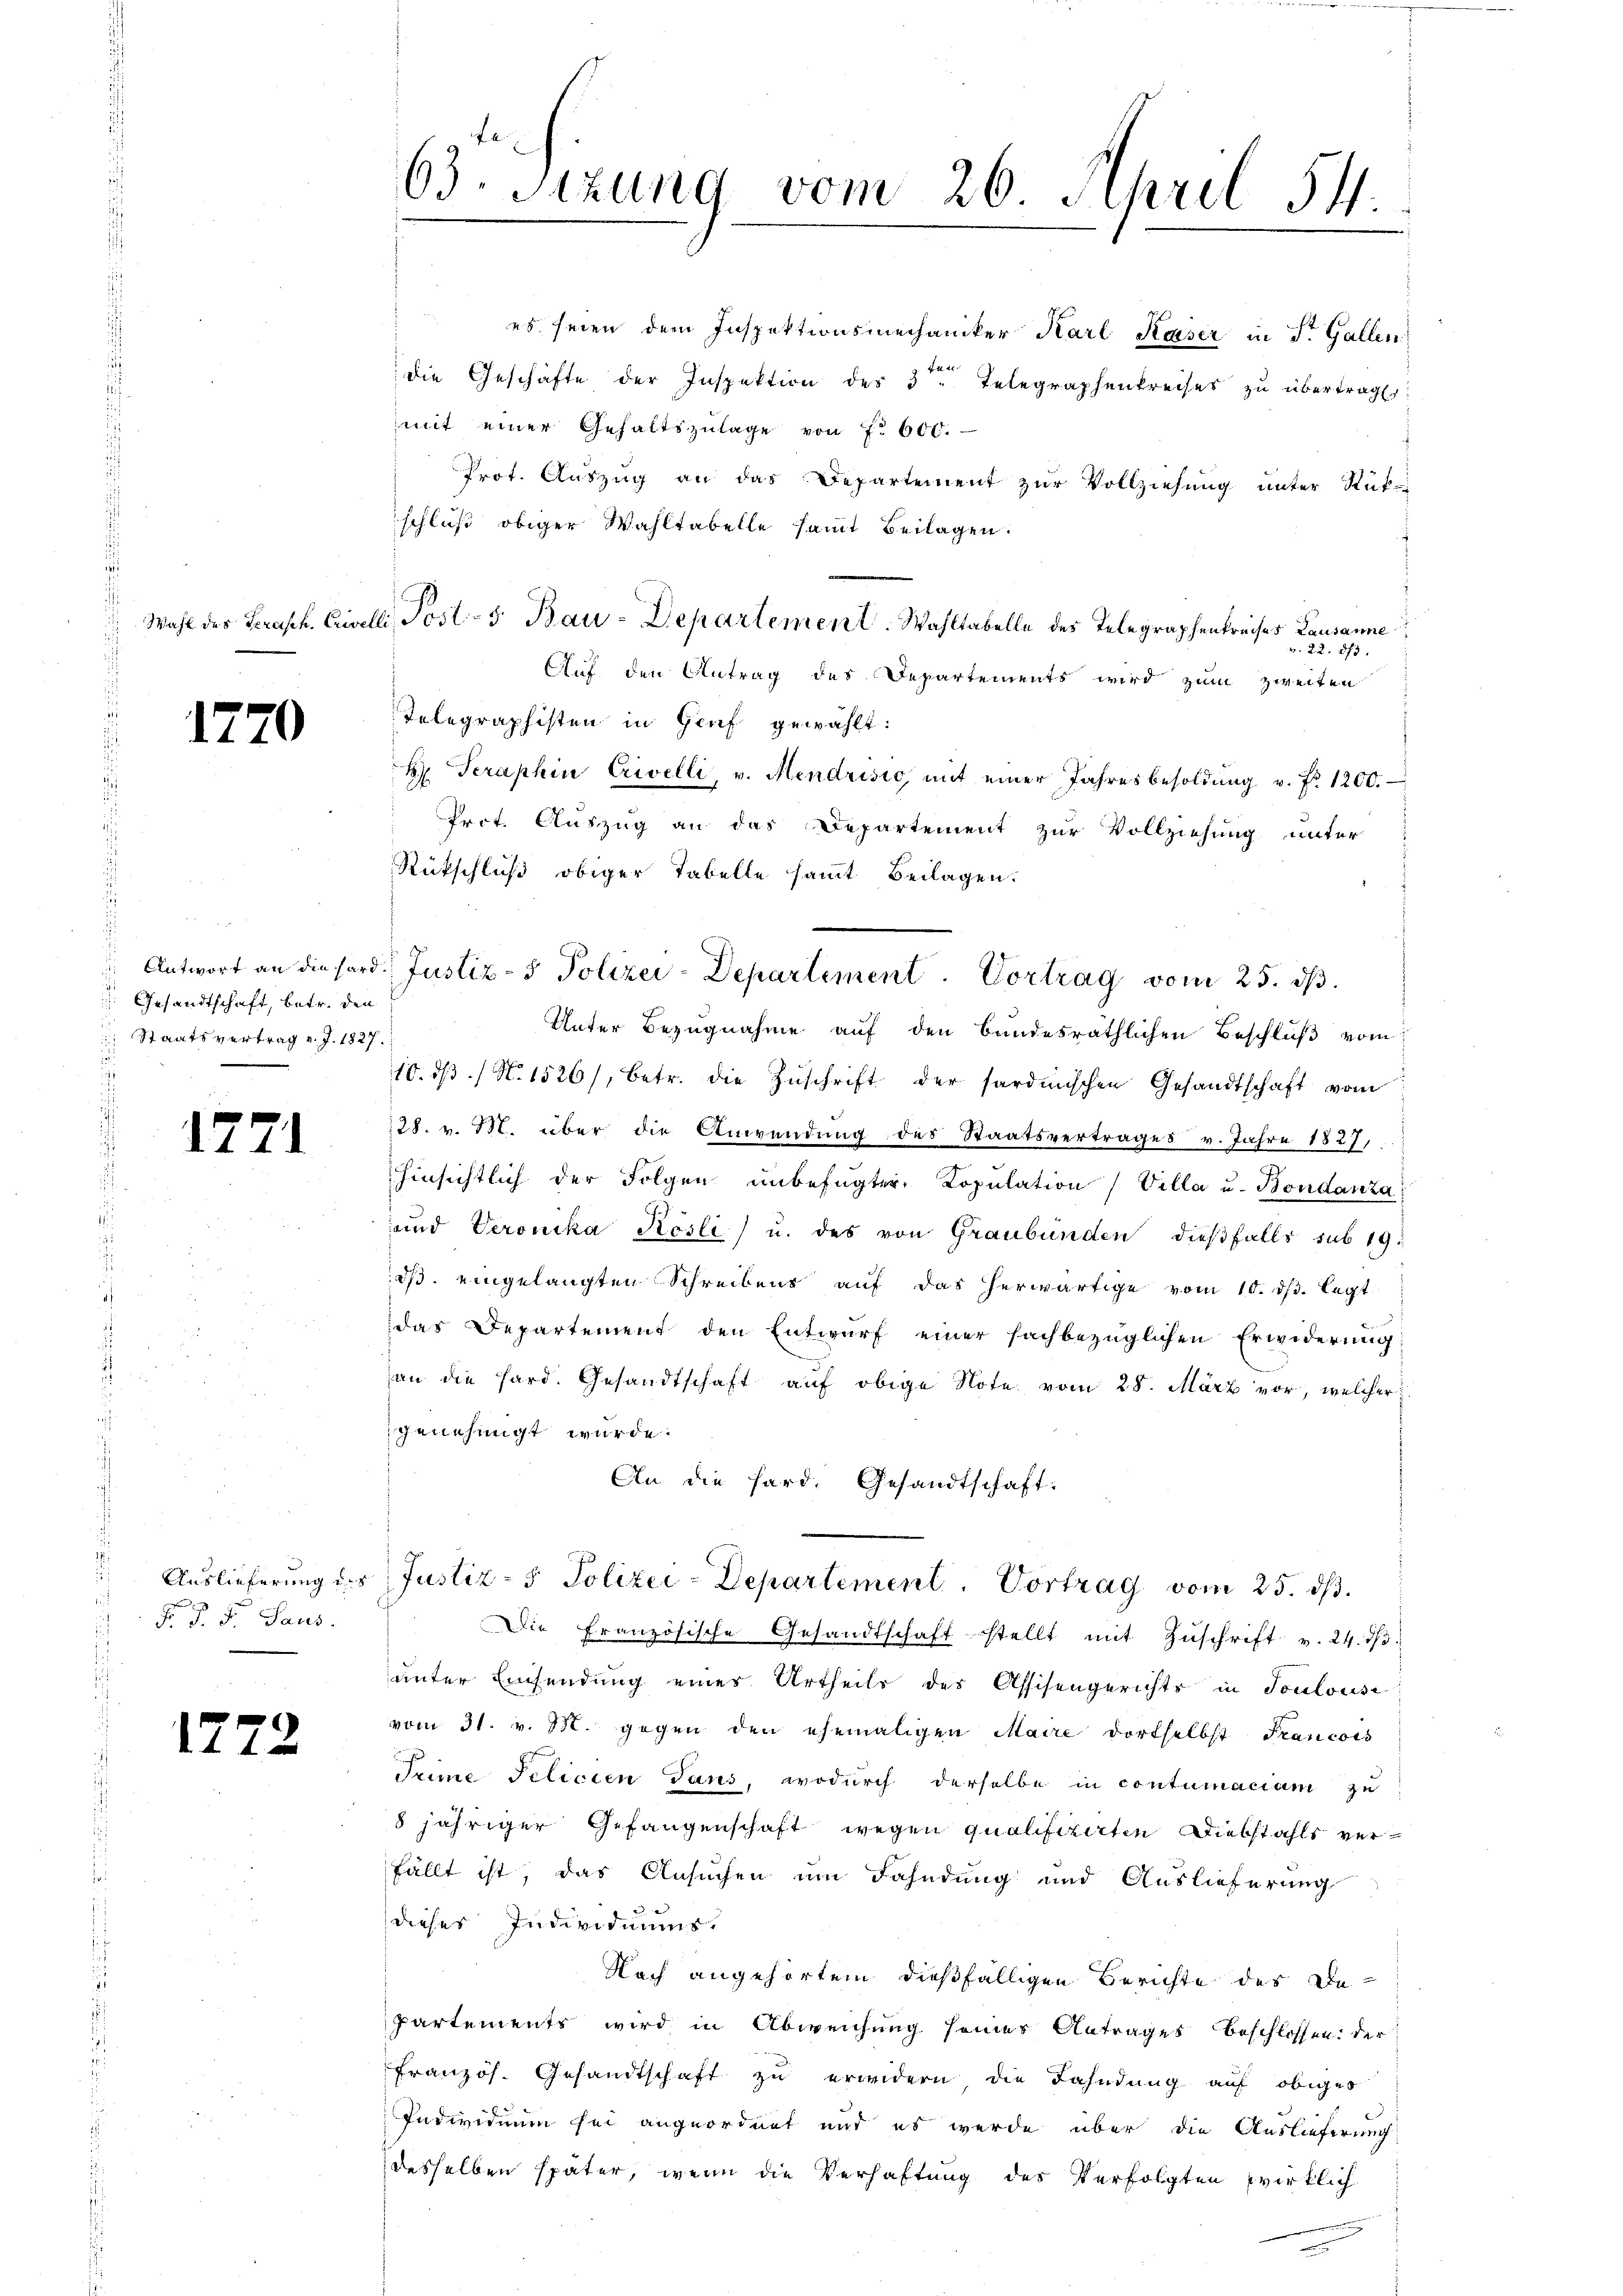
17.

17

127

7

Gesandtschaft, betr. den
 Staatsvertrag v. J. 1827.
i

.

x
F. J. F. Saus.

2

es seien dem Inspektionsmechaniker Karl Kaser in St. Gallen
die Geschäfte der Inspektion des 3ten Telegraphenkreises zŭ übertrag:
mit einer Gehaltszulage von f. 600.
Prot. Auszug an das Departement zur Vollziehung unter Rück-
schluß obiger Wahltabelle sammt Beilagen:
Wahl des Serasch. Eiwilli, Post- 5. Bau-Departement. Wahltabelle des Telegraphenkreises Lausanne
v. 22. 875.
Auf den Antrag des Departements wird zum zweiten
Telegraphisten in Genf gewählt:
kr. Seraphin Erivelli, v. Mendrisico, mit einer Jahresbesoldŭng v. f. 1200.
Prot. Auszug an das Departement zur Vollziehung unter
Rückschluß obiger Tabelle sammt Beilagen.
Unter Bezugnahme auf den bundesräthlichen Beschluß vom
10. dβ / N. 1526/, betr. die Zŭschrift der sardinischen Gesandtschaft vom
128. v. M. über die Anwendung des Staatsvertrages v. Jahre 1827,
hinsichtlich der Folgen unbefugter Kopulation (Villa u. Bondanza
und Veronika Kösli) u. des von Graubünden dießfalls sub 19.
ds. eingelangten Schreibens auf das herwärtige vom 10. dβ. legt.
das Departement den Entwurf einer sachbezüglichen Erwiderung
an die Hard. Gesandtschaft auf obige Note vom 28. März vor, welcher
genehmigt wurde.
An die Hard. Gesandtschaft:
Auslieferung des Justiz- & Polizei-Departement. Vortrag vom 25. ds.
Die Französische Gesandtschaft stellt mit Zuschrift v. 24. ds.
unter Einsendung eines Urtheile des Assisengerichts in Toulousi
vom 31. v. 15. gegen den ehemaligen Maire dortselbst Francots
Teime Pelicien Tans, wodurch derselbe in contumaciam zu
8 jähriger Gefangenschaft wegen qualifizirten Diebstahls verfällt ist, das Ansuchen um Fahndung und Auslieferung
dieses Individiums.
Nach angehörtem dießfälligen Berichte des Departements wird in Abweichung seines Antrages beschlossen: der
g
Französ. Gesandtschaft zu erwidern die Fahndung auf obiger
Individuum sei angeordnet und es werde über die Auslieferung
desselben später, wenn die Verhaftung des Verfolgten wirklich

63. Sitzung vom 26. April 54.

Antwort an die sord. Justiz- & Polizei-Departement. Vortrag vom 25. ds.